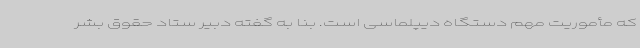
که مأموریت مهم دستگاه دیپلماسی است. بنا به گفته دبیر ستاد حقوق بشر